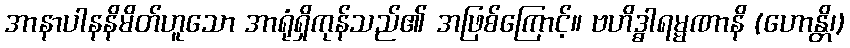
အာနာပါနနိမိတ်ဟူသော အာရုံရှိကုန်သည်၏ အဖြစ်ကြောင့်။ ဗဟိဒ္ဓါရမ္မဏာနိ (ဟောန္တိ၊)